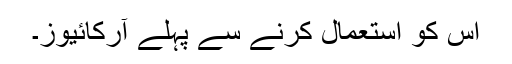
اس کو استعمال کرنے سے پہلے آرکائیوز۔